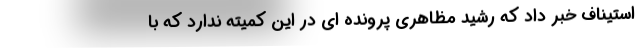
استیناف خبر داد که رشید مظاهری پرونده ای در این کمیته ندارد که با